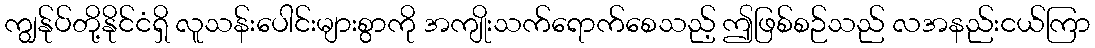
ကျွန်ုပ်တို့နိုင်ငံရှိ လူသန်းပေါင်းများစွာကို အကျိုးသက်ရောက်စေသည့် ဤဖြစ်စဉ်သည် လအနည်းငယ်ကြာ